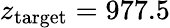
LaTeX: z_{\mathrm{target}}=977.5